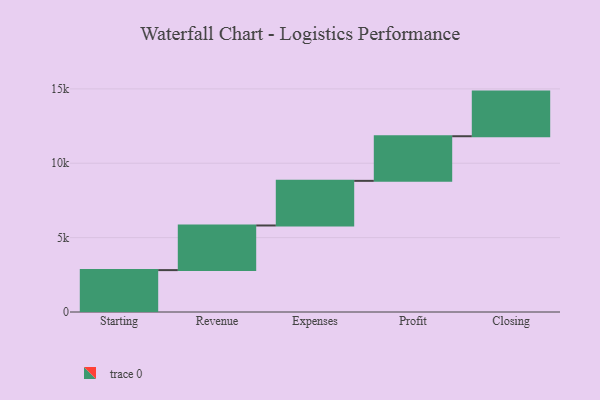
{"axis": {"x": "Step", "y": "Value"}, "legend": [""], "data": [{"x": "Starting", "y": 2816.0, "type": ""}, {"x": "Revenue", "y": 3000, "type": ""}, {"x": "Expenses", "y": 3000, "type": ""}, {"x": "Profit", "y": 3000, "type": ""}, {"x": "Closing", "y": 3000, "type": ""}]}